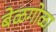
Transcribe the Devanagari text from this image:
बेळगोळा